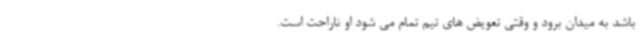
باشد به میدان برود و وقتی تعویض های تیم تمام می شود او ناراحت است.